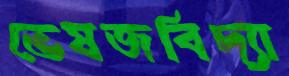
ভেষজবিদ্যা